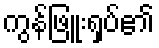
ကွန်ဖြူးရှပ်၏